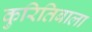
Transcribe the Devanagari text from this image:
कुरितिबाला